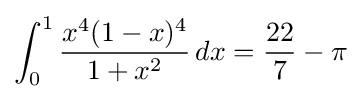
\int _{0}^{1}{x^{4}(1-x)^{4} \over 1+x^{2}}\,dx={22 \over 7}-\pi